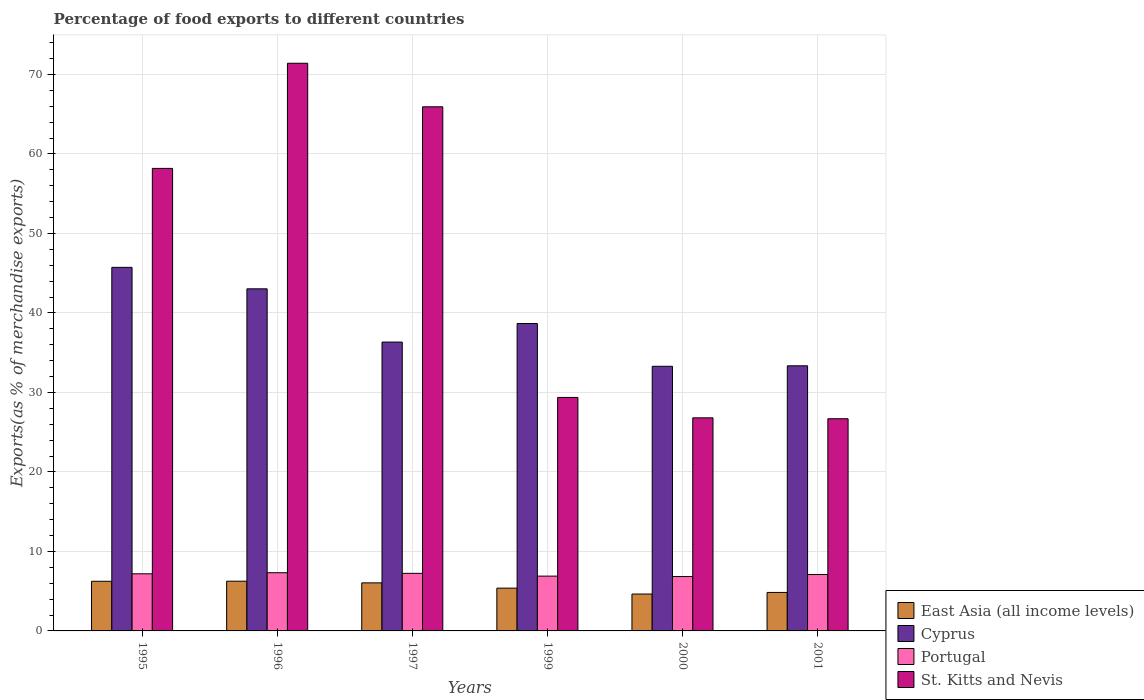
| Years | East Asia (all income levels) | Cyprus | Portugal | St. Kitts and Nevis |
 | --- | --- | --- | --- | --- |
 | 1995 | 6.24 | 45.7 | 7.19 | 58.2 |
 | 1996 | 6.25 | 43 | 7.32 | 71.4 |
 | 1997 | 6.05 | 36.3 | 7.24 | 65.9 |
 | 1999 | 5.38 | 38.7 | 6.89 | 29.4 |
 | 2000 | 4.64 | 33.3 | 6.84 | 26.8 |
 | 2001 | 4.84 | 33.4 | 7.1 | 26.7 |